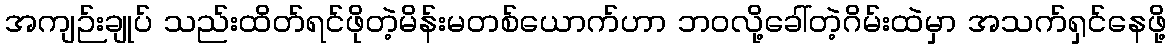
အကျဉ်းချုပ် သည်းထိတ်ရင်ဖိုတဲ့မိန်းမတစ်ယောက်ဟာ ဘဝလို့ခေါ်တဲ့ဂိမ်းထဲမှာ အသက်ရှင်နေဖို့